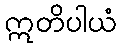
ဣတိပါယံ